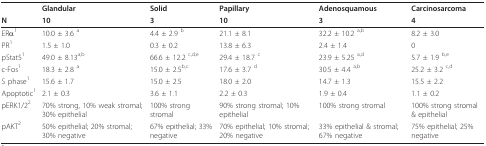
<table><thead><tr><td></td><td><b>Glandular</b></td><td><b>Solid</b></td><td><b>Papillary</b></td><td><b>Adenosquamous</b></td><td><b>Carcinosarcoma</b></td></tr><tr><td><b>N</b></td><td><b>10</b></td><td><b>3</b></td><td><b>10</b></td><td><b>3</b></td><td><b>4</b></td></tr></thead><tbody><tr><td>ERα<sup>1</sup></td><td>10.0 ± 3.6 <sup>a</sup></td><td>4.4 ± 2.9 <sup>b</sup></td><td>21.1 ± 8.1</td><td>32.2 ± 10.2 <sup>a,b</sup></td><td>8.2 ± 3.0</td></tr><tr><td>PR<sup>1</sup></td><td>1.5 ± 1.0</td><td>0.3 ± 0.2</td><td>13.8 ± 6.3</td><td>2.4 ± 1.4</td><td>0</td></tr><tr><td>pStat5<sup>1</sup></td><td>49.0 ± 8.13<sup>a,b</sup></td><td>66.6 ± 12.2 <sup>c,d,e</sup></td><td>29.4 ± 18.7 <sup>c</sup></td><td>23.9 ± 5.25 <sup>a,d</sup></td><td>5.7 ± 1.9 <sup>b,e</sup></td></tr><tr><td>c-Fos<sup>1</sup></td><td>18.3 ± 2.8 <sup>a</sup></td><td>15.0 ± 2.5<sup>b,c</sup></td><td>17.6 ± 3.7 <sup>d</sup></td><td>30.5 ± 4.4 <sup>a,b</sup></td><td>25.2 ± 3.2 <sup>c,d</sup></td></tr><tr><td>S phase<sup>1</sup></td><td>15.6 ± 1.7</td><td>15.0 ± 2.5</td><td>18.0 ± 2.0</td><td>14.7 ± 1.3</td><td>15.5 ± 2.2</td></tr><tr><td>Apoptotic<sup>1</sup></td><td>2.1 ± 0.3</td><td>3.6 ± 1.1</td><td>2.2 ± 0.3</td><td>1.9 ± 0.4</td><td>1.1 ± 0.2</td></tr><tr><td>pERK1/2<sup>2</sup></td><td>70% strong, 10% weak stromal; 30% epithelial</td><td>100% strong stromal</td><td>90% strong stromal; 10% epithelial</td><td>100% strong stromal</td><td>100% strong stromal &amp; epithelial</td></tr><tr><td>pAKT<sup>2</sup></td><td>50% epithelial; 20% stromal; 30% negative</td><td>67% epithelial; 33% negative</td><td>70% epithelial; 10% stromal; 20% negative</td><td>33% epithelial &amp; stromal; 67% negative</td><td>75% epithelial; 25% negative</td></tr></tbody></table>